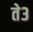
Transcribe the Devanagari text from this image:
ते३